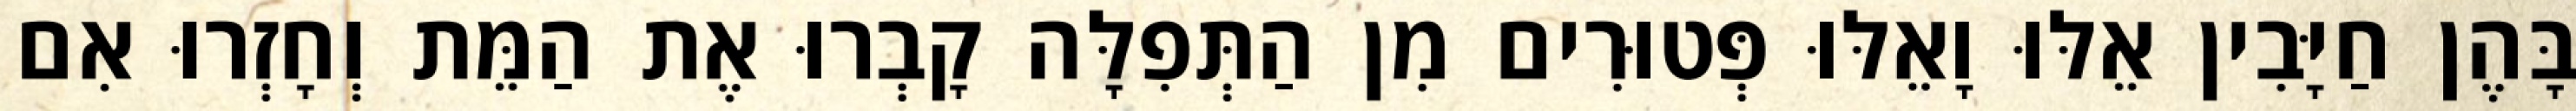
בָּהֶן חַיָּבִין אֵלּוּ וָאֵלּוּ פְּטוּרִים מִן הַתְּפִלָּה קָבְרוּ אֶת הַמֵּת וְחָזְרוּ אִם